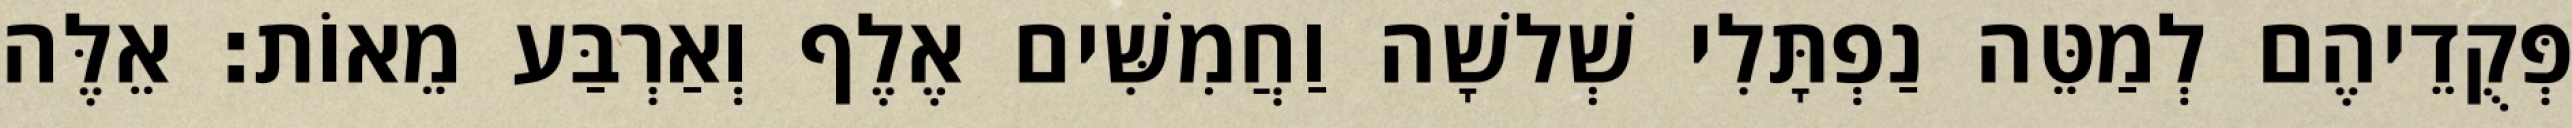
פְּקֻדֵיהֶם לְמַטֵּה נַפְתָּלִי שְׁלשָׁה וַחֲמִשִּׁים אֶלֶף וְאַרְבַּע מֵאוֹת׃ אֵלֶּה